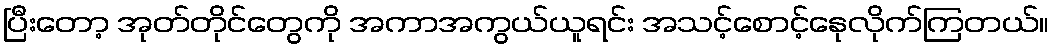
ပြီးတော့ အုတ်တိုင်တွေကို အကာအကွယ်ယူရင်း အသင့်စောင့်နေုလိုက်ကြတယ်။